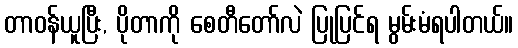
တာဝန်ယူပြီး, ပိုတာကို စေတီတော်လဲ ပြုပြင်ရ မွမ်းမံရပါတယ်။